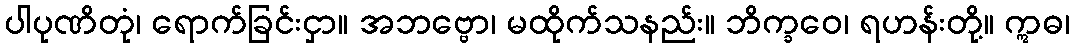
ပါပုဏိတုံ၊ ရောက်ခြင်းငှာ။ အဘဗ္ဗော၊ မထိုက်သနည်း။ ဘိက္ခဝေ၊ ရဟန်းတို့။ ဣဓ၊